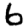
Digit: 6